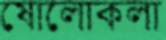
ষোলোকলা